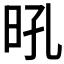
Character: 𭥛